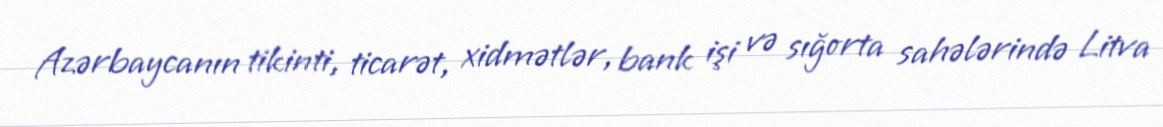
Azərbaycanın tikinti, ticarət, xidmətlər, bank işi və sığorta sahələrində Litva